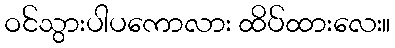
ဝင်သွားပါပကောလား ထိပ်ထားလေး။